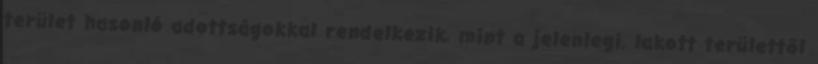
terület hasonló adottságokkal rendelkezik, mint a jelenlegi, lakott területtől